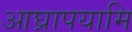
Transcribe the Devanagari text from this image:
आघ्रापयामि